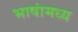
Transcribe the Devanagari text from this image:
भाषांमध्य